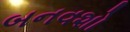
બનવશો